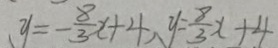
y = - \frac { 8 } { 3 } x + 4 , y = \frac { 8 } { 3 } x + 4